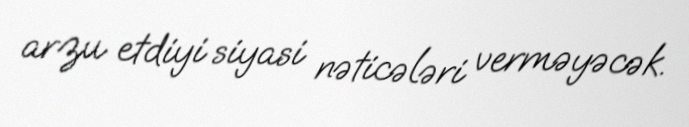
arzu etdiyi siyasi nəticələri verməyəcək.